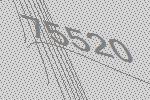
75520